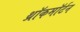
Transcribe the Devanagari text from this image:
थ्रॉकमॉर्टन